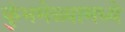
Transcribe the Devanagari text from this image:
कुंभमेळ्यामध्ये